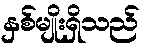
နှစ်မျိုးရှိသည်